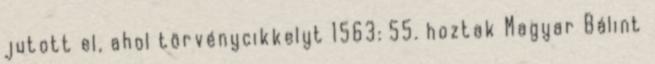
jutott el, ahol törvénycikkelyt 1563: 55. hoztak Magyar Bálint